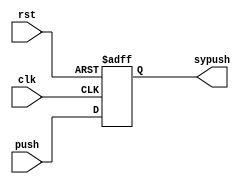
`timescale 1ns / 1ps
//////////////////////////////////////////////////////////////////////////////////
// Company: 
// Engineer: 
// 
// Design Name: 
// Module Name:    Synchronizer 
// Project Name: 
// Target Devices: 
// Tool versions: 
// Description: 
//
// Dependencies: 
//
// Revision: 
// Revision 0.01 - File Created
// Additional Comments: 
//
//////////////////////////////////////////////////////////////////////////////////
module Synchronizer(
	input push,
	input clk,
	input rst,
	output sypush
    );
	reg regsypush;
		assign sypush = regsypush;
		
		always@(posedge clk or posedge rst)
			if (rst) regsypush <= 0;
			else regsypush <= push;
endmodule